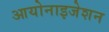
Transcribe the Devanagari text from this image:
आयोनाइजेशन